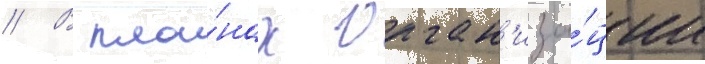
// В пла́нах орган'иза́ции